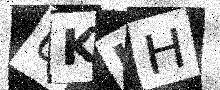
Text: 6KUH